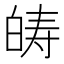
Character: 𤽯